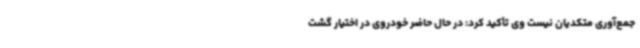
جمع‌آوری متکدیان نیست وی تأکید کرد: در حال حاضر خودروی در اختیار گشت